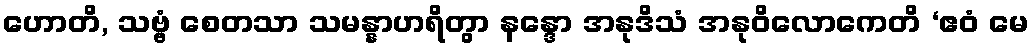
ဟောတိ, သဗ္ဗံ စေတသာ သမန္နာဟရိတွာ နန္ဒော အနုဒိသံ အနုဝိလောကေတိ ‘ဧဝံ မေ